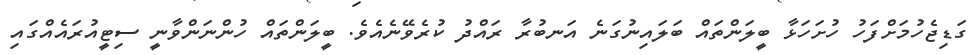
ގަޑިޖެހުމަށްފަހު ހުށަހަޅާ ބީލަންތައް ބަލައިނުގަނެ އަނބުރާ ރައްދު ކުރެވޭނެއެވެ. ބީލަންތައް ހުންނަންވާނީ ސިޓީއުރައެއްގައި